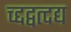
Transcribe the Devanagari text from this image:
च्द्दद्वत्दद्य